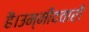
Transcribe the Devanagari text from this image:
हैं।उम्मीदवारों